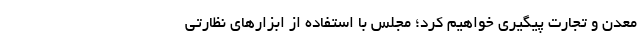
معدن و تجارت پیگیری خواهیم کرد؛ مجلس با استفاده از ابزارهای نظارتی